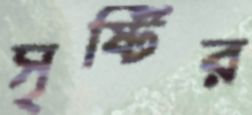
সৃষ্টির